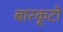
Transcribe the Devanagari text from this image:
बारकूटों